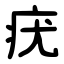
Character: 疣